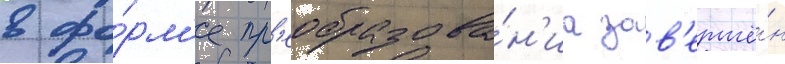
в фо́рм'е пр'еобразова́н'иа зав'ершё́н